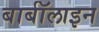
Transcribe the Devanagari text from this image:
बार्बॉलाइन